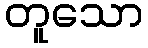
တူသော